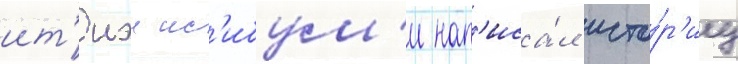
ит'иэи ис'ибум'и нап'иса́л исто́р'иу